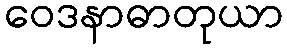
ဝေဒနာဓာတုယာ